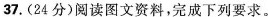
37.(24分)阅读图文资料，完成下列要求。